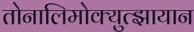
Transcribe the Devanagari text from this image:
तोनालिमोक्युत्झायान